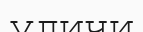
уличи